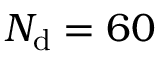
N _ { \mathrm { d } } = 6 0